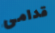
قدامى